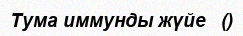
Тума иммунды жүйе   ()